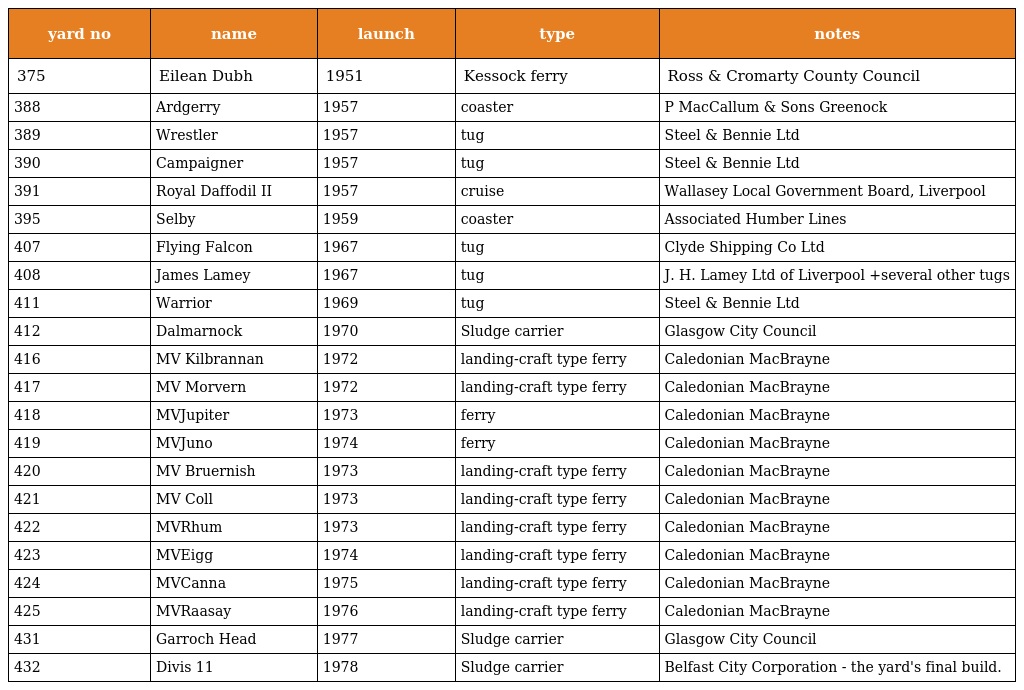
| yard no | name | launch | type | notes |
 | --- | --- | --- | --- | --- |
 | 375 | Eilean Dubh | 1951 | Kessock ferry | Ross & Cromarty County Council |
 | 388 | Ardgerry | 1957 | coaster | P MacCallum & Sons Greenock |
 | 389 | Wrestler | 1957 | tug | Steel & Bennie Ltd |
 | 390 | Campaigner | 1957 | tug | Steel & Bennie Ltd |
 | 391 | Royal Daffodil II | 1957 | cruise | Wallasey Local Government Board, Liverpool |
 | 395 | Selby | 1959 | coaster | Associated Humber Lines |
 | 407 | Flying Falcon | 1967 | tug | Clyde Shipping Co Ltd |
 | 408 | James Lamey | 1967 | tug | J. H. Lamey Ltd of Liverpool +several other tugs |
 | 411 | Warrior | 1969 | tug | Steel & Bennie Ltd |
 | 412 | Dalmarnock | 1970 | Sludge carrier | Glasgow City Council |
 | 416 | MV Kilbrannan | 1972 | landing-craft type ferry | Caledonian MacBrayne |
 | 417 | MV Morvern | 1972 | landing-craft type ferry | Caledonian MacBrayne |
 | 418 | MVJupiter | 1973 | ferry | Caledonian MacBrayne |
 | 419 | MVJuno | 1974 | ferry | Caledonian MacBrayne |
 | 420 | MV Bruernish | 1973 | landing-craft type ferry | Caledonian MacBrayne |
 | 421 | MV Coll | 1973 | landing-craft type ferry | Caledonian MacBrayne |
 | 422 | MVRhum | 1973 | landing-craft type ferry | Caledonian MacBrayne |
 | 423 | MVEigg | 1974 | landing-craft type ferry | Caledonian MacBrayne |
 | 424 | MVCanna | 1975 | landing-craft type ferry | Caledonian MacBrayne |
 | 425 | MVRaasay | 1976 | landing-craft type ferry | Caledonian MacBrayne |
 | 431 | Garroch Head | 1977 | Sludge carrier | Glasgow City Council |
 | 432 | Divis 11 | 1978 | Sludge carrier | Belfast City Corporation - the yard's final build. |